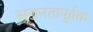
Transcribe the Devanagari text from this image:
सज्जनतापुर्वक